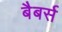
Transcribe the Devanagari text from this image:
बैबर्स